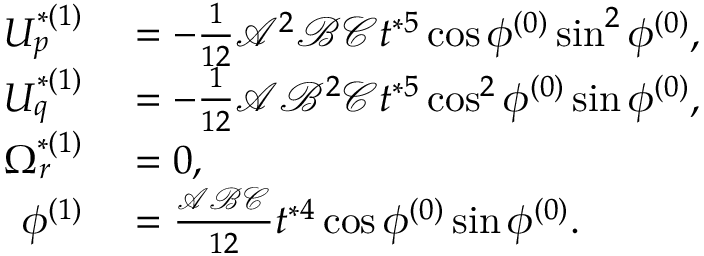
\begin{array} { r l } { U _ { p } ^ { * ( 1 ) } } & { { } = - \frac { 1 } { 1 2 } \mathcal { A } ^ { 2 } \mathcal { B } \mathcal { C } t ^ { * 5 } \cos \phi ^ { ( 0 ) } \sin ^ { 2 } \phi ^ { ( 0 ) } , } \\ { U _ { q } ^ { * ( 1 ) } } & { { } = - \frac { 1 } { 1 2 } \mathcal { A } \mathcal { B } ^ { 2 } \mathcal { C } t ^ { * 5 } \cos ^ { 2 } \phi ^ { ( 0 ) } \sin \phi ^ { ( 0 ) } , } \\ { \Omega _ { r } ^ { * ( 1 ) } } & { { } = 0 , } \\ { \phi ^ { ( 1 ) } } & { { } = \frac { \mathcal { A } \mathcal { B } \mathcal { C } } { 1 2 } t ^ { * 4 } \cos \phi ^ { ( 0 ) } \sin \phi ^ { ( 0 ) } . } \end{array}